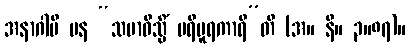
အနာဂါမီ ပန “သမာဓိသ္မိံ ပရိပူရကာရီ”တိ (အ။ နိ။ ၃။၈၇)။